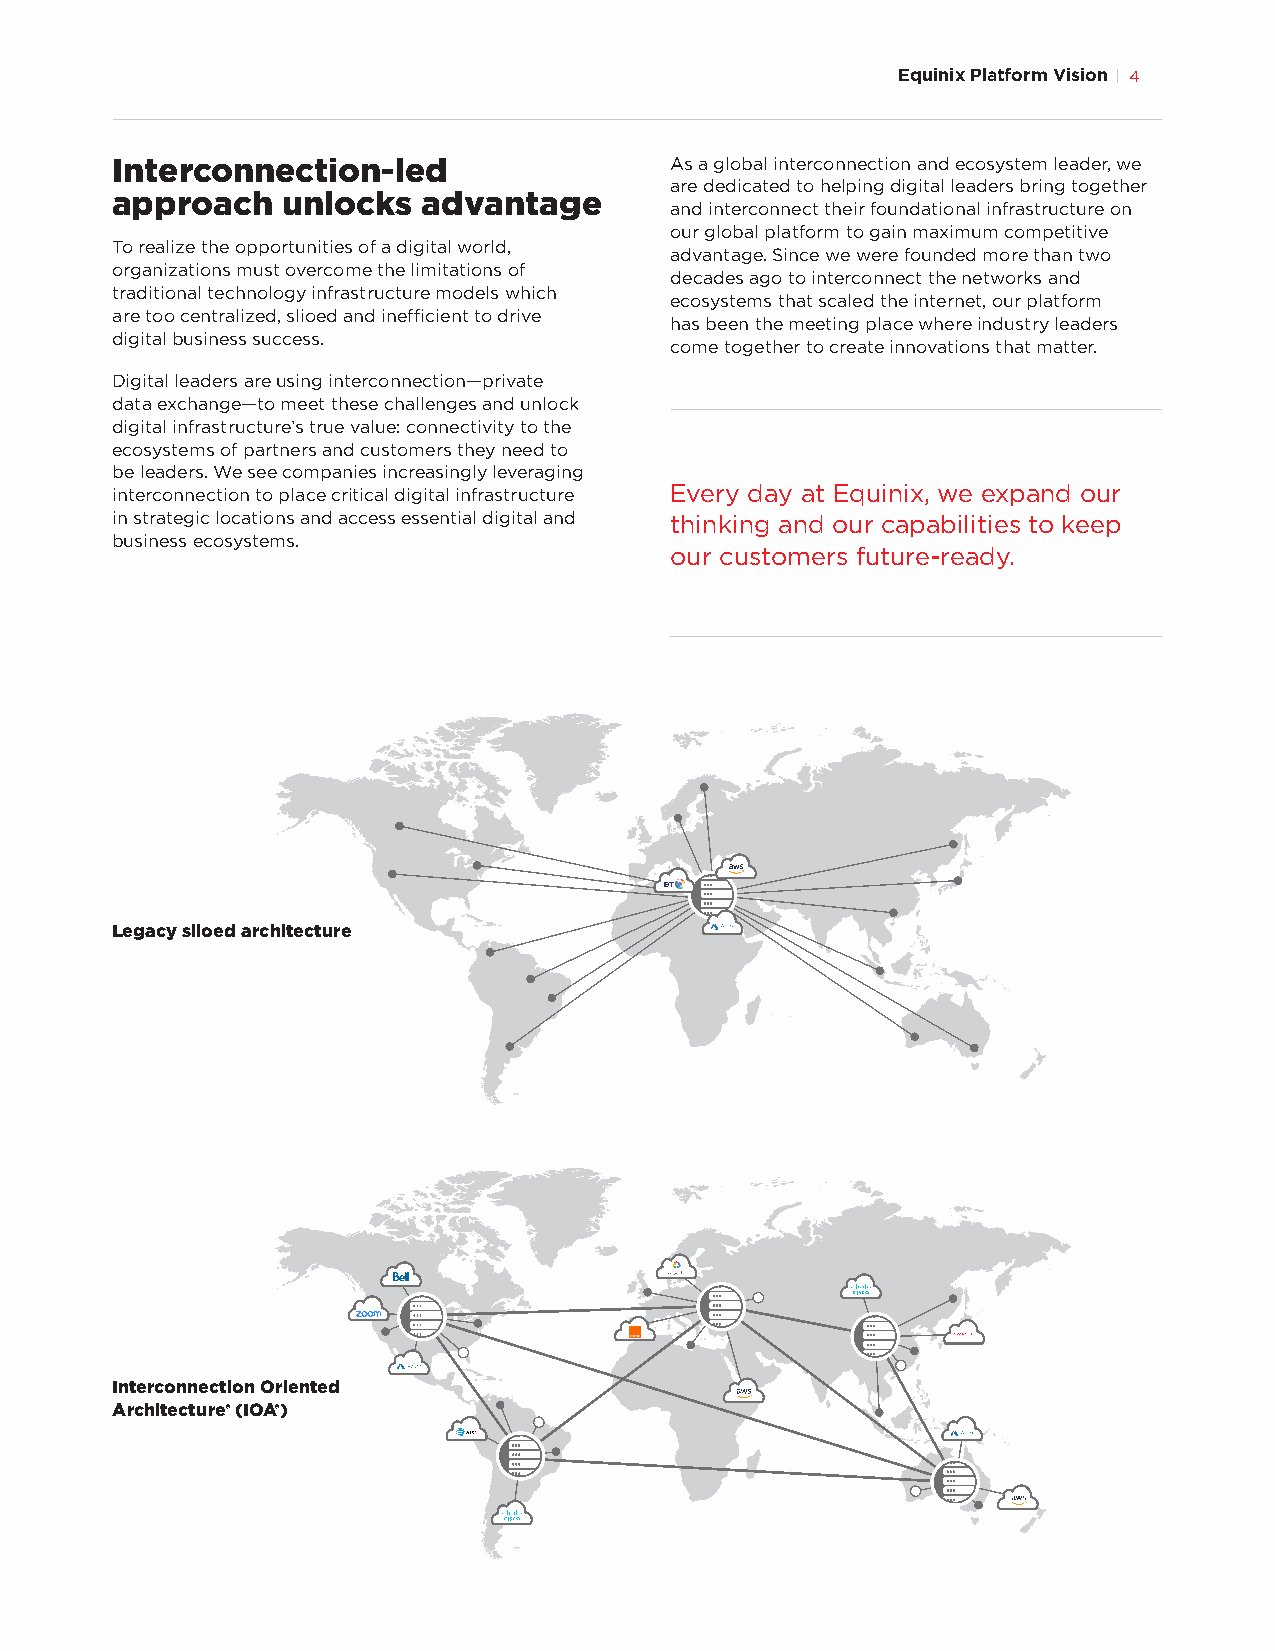
Equinix Platform Vision 4
 Interconnection-led                  As a global interconnection and ecosystem leader, we
 are dedicated to helping digital leaders bring together
 approach    unlocks  advantage
 and interconnect their foundational infrastructure on
 our global platform to gain maximum competitive
 To realize the opportunities of a digital world,
 advantage. Since we were founded more than two
 organizations must overcome the limitations of
 decades ago to interconnect the networks and
 traditional technology infrastructure models which
 ecosystems that scaled the internet, our platform
 are too centralized, slioed and inefficient to drive
 has been the meeting place where industry leaders
 digital business success.
 come together to create innovations that matter.
 Digital leaders are using interconnection—private
 data exchange—to meet these challenges and unlock
 digital infrastructure’s true value: connectivity to the
 ecosystems of partners and customers they need to
 be leaders. We see companies increasingly leveraging
 interconnection to place critical digital infrastructure Every day at Equinix, we expand our
 in strategic locations and access essential digital and thinking and our capabilities to keep
 business ecosystems.
 our customers future-ready.
 Legacy siloed architecture
 Interconnection Oriented
 Architecture® (IOA®)